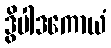
ဒွိပါဒကောယံ